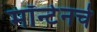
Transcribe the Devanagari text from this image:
मॉन्टेनचे